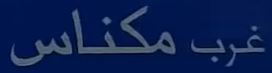
مكناس غرب